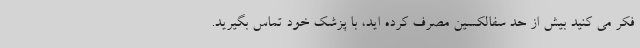
فکر می کنید بیش از حد سفالکسین مصرف کرده اید، با پزشک خود تماس بگیرید.